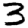
Digit: 3